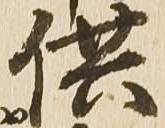
供